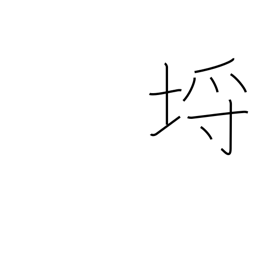
Meaning: limits